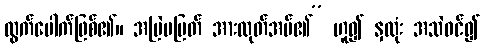
ထွက်ပေါက်ဖြစ်၏။ အမြဲမပြတ် အားထုတ်အပ်၏” ဟူ၍ နှလုံး အသဲဝင်၍